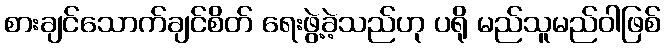
စားချင်သောက်ချင်စိတ် ရေးဖွဲ့ခဲ့သည်ဟု ပရို မည်သူမည်ဝါဖြစ်